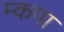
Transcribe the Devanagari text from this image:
म्कपा